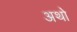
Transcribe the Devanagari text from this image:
अथो